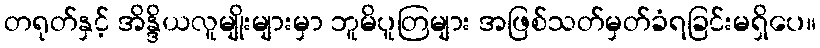
တရုတ်နှင့် အိန္ဒိယလူမျိုးများမှာ ဘူမိပူတြများ အဖြစ်သတ်မှတ်ခံရခြင်းမရှိပေ။